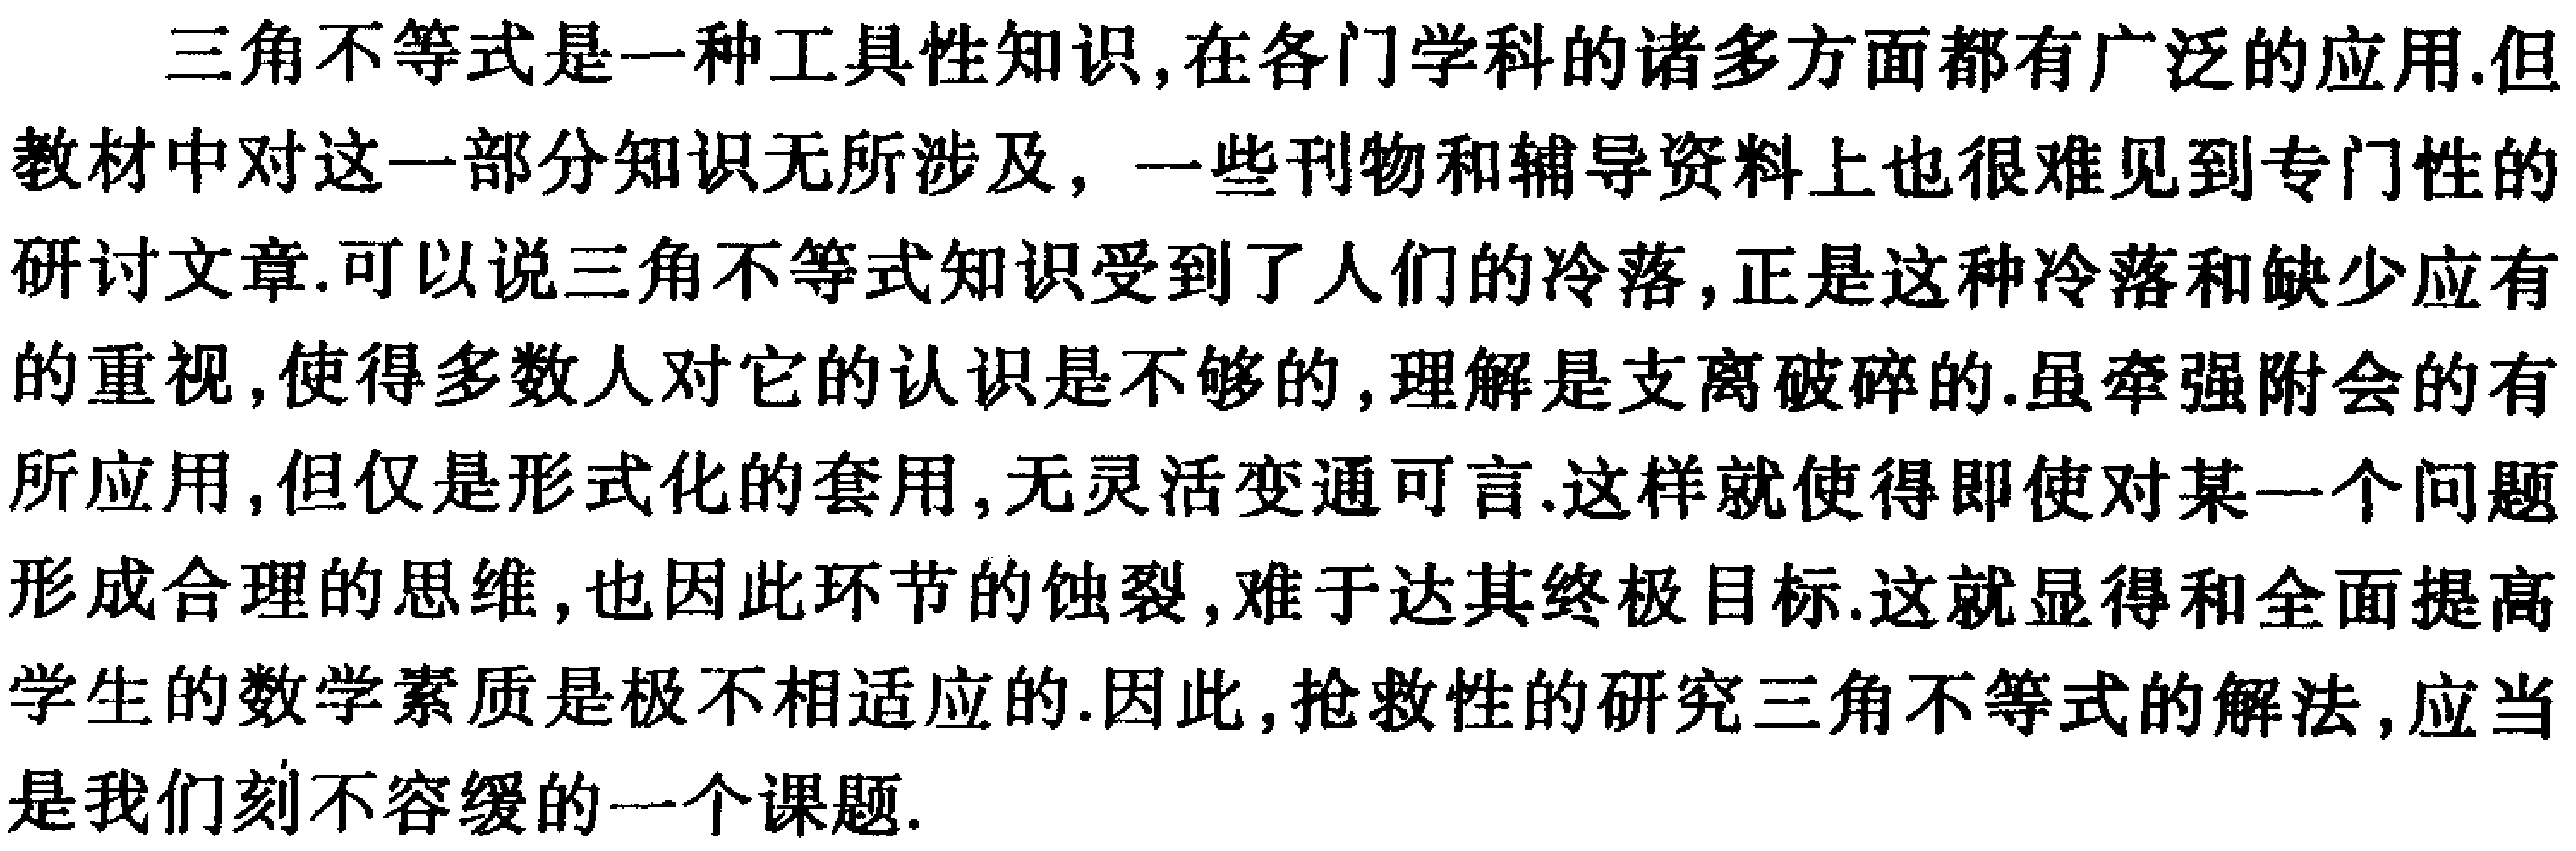
三角不等式是一种工具性知识,在各门学科的诸多方面都有广泛的应用.但教材中对这一部分知识无所涉及，一些刊物和辅导资料上也很难见到专门性的研讨文章.可以说三角不等式知识受到了人们的冷落,正是这种冷落和缺少应有的重视,使得多数人对它的认识是不够的,理解是支离破碎的.虽牵强附会的有所应用,但仅是形式化的套用,无灵活变通可言.这样就使得即使对某一个问题形成合理的思维,也因此环节的蚀裂,难于达其终极目标.这就显得和全面提高学生的数学素质是极不相适应的.因此,抢救性的研究三角不等式的解法,应当是我们刻不容缓的一个课题.